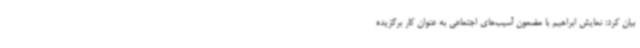
بیان کرد: نمایش ابراهیم با مضمون آسیب‌های اجتماعی به عنوان کار برگزیده